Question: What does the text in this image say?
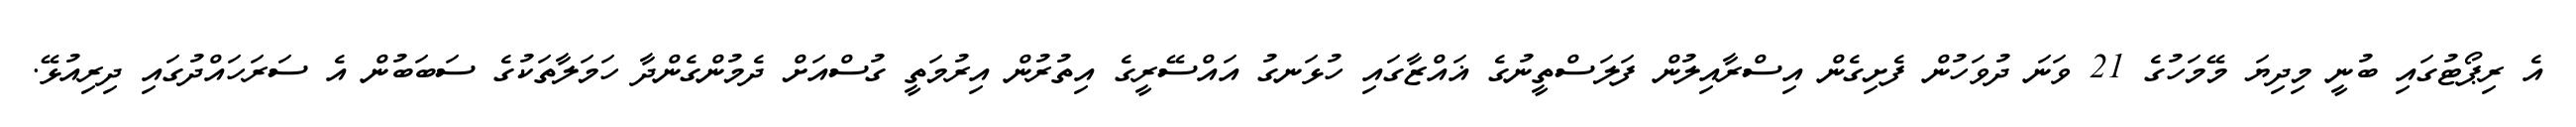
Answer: އެ ރިޕޯޓުގައި ބުނީ މިދިޔަ މޭމަހުގެ 21 ވަނަ ދުވަހުން ފެށިގެން އިސްރާއިލުން ފަލަސްތީނުގެ ޣައްޒާގައި ހުޅަނގު އައްސޭރީގެ އިތުރުން އިރުމަތީ ގުސްއަށް ދެމުންގެންދާ ހަމަލާތަކުގެ ސަބަބުން އެ ސަރަހައްދުގައި ދިރިއުޅޭ.